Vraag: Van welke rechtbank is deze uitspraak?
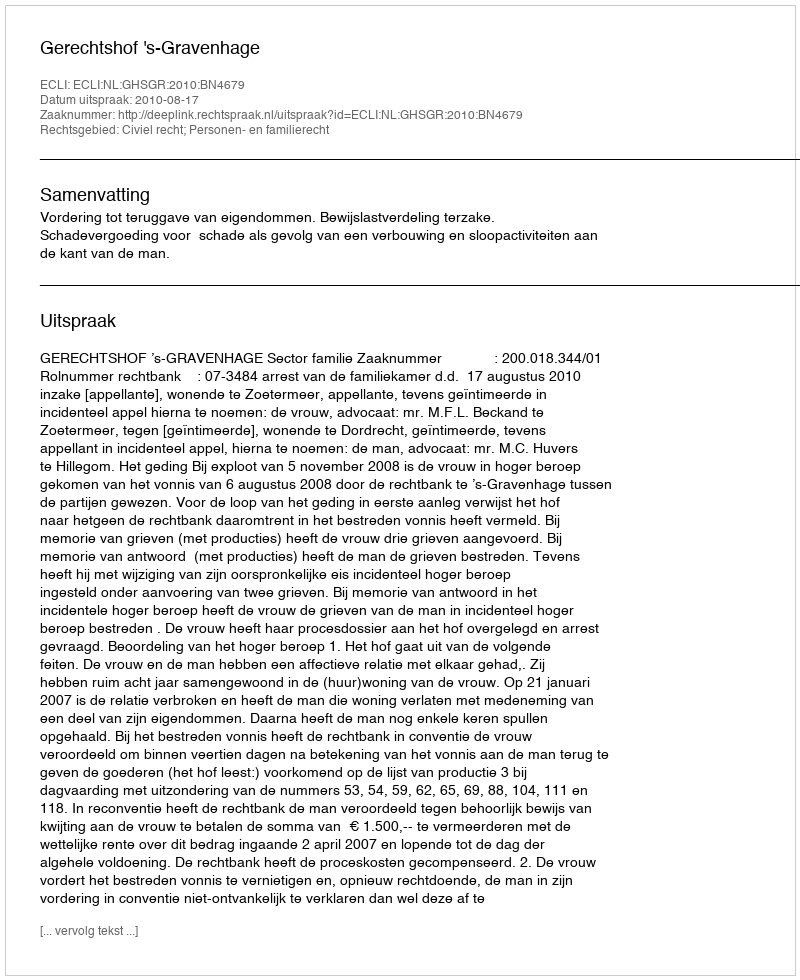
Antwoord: Gerechtshof 's-Gravenhage